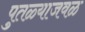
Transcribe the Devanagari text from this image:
पुतळ्याजवळ